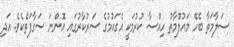
ސަލާމަތާ ބެހޭ މައުލޫމާތު ހިއްސާ ކުރުމަކީ އެގައުމުގެ ސަރުކާރުގައި އޮންނަ ސަގާފަތެކެވެ. އަދި